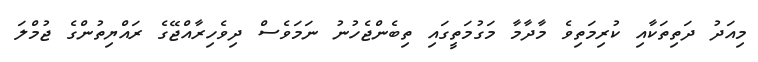
މިއަދު ދަތިތަކާއި ކުރިމަތިވެ މާދާމާ މަގުމަތީގައި ތިބެންޖެހުނު ނަމަވެސް ދިވެހިރާއްޖޭގެ ރައްޔިތުންގެ ޖުމްލަ